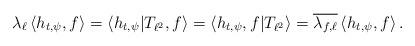
LaTeX: \begin{align*} \lambda_{\ell}\left<h_{t,\psi},f\right> = \left<h_{t,\psi}|T_{\ell^2},f\right> =\left<h_{t,\psi},f|T_{\ell^2}\right> =\overline{\lambda_{f,\ell}}\left<h_{t,\psi},f\right>.\end{align*}